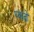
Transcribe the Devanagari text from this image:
प्‍यादो